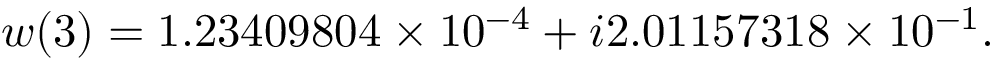
w ( 3 ) = 1 . 2 3 4 0 9 8 0 4 \times 1 0 ^ { - 4 } + i 2 . 0 1 1 5 7 3 1 8 \times 1 0 ^ { - 1 } .